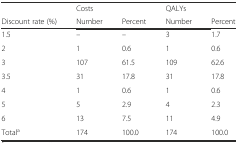
|  | Costs |  | QALYs |  |
 | Discount rate (%) | Number | Percent | Number | Percent |
 | --- | --- | --- | --- | --- |
 | 1.5 | – | – | 3 | 1.7 |
 | 2 | 1 | 0.6 | 1 | 0.6 |
 | 3 | 107 | 61.5 | 109 | 62.6 |
 | 3.5 | 31 | 17.8 | 31 | 17.8 |
 | 4 | 1 | 0.6 | 1 | 0.6 |
 | 5 | 5 | 2.9 | 4 | 2.3 |
 | 6 | 13 | 7.5 | 11 | 4.9 |
 | Totala | 174 | 100.0 | 174 | 100.0 |